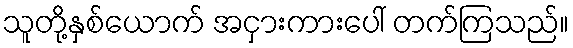
သူတို့နှစ်ယောက် အငှားကားပေါ် တက်ကြသည်။